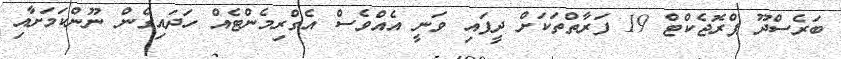
ބަރެސްދޫ ޕްރޮޖެކްޓް 19 ފަރާތްތަކަށް ދީފައި ވަނީ އެއްވެސް އެގްރިމެންޓެއް ހަދައިގެން ނޫންކަމަށާއި